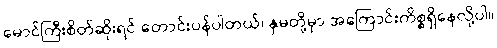
မောင်ကြီးစိတ်ဆိုးရင် တောင်းပန်ပါတယ်၊ နှမတို့မှာ အကြောင်းကိစ္စရှိနေလို့ပါ။